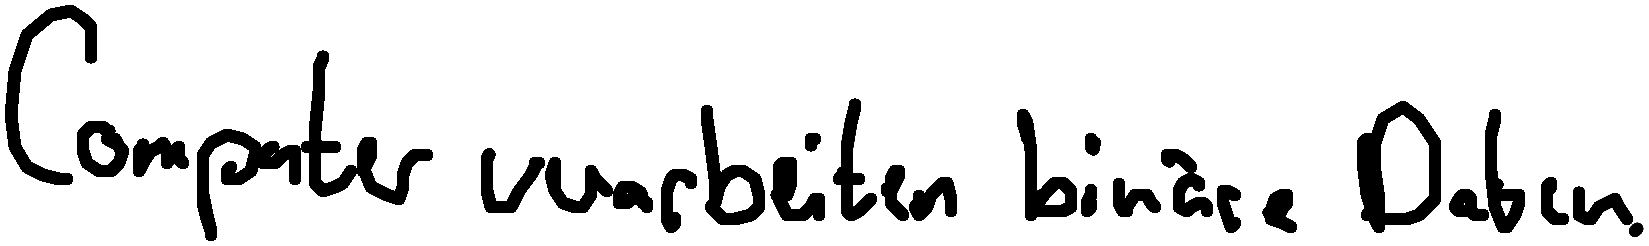
Computer verarbeiten binäre Daten.